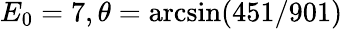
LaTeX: E_{0}=7,\theta=\arcsin(451/901)